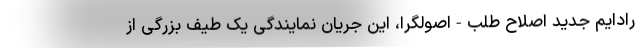
رادایم جدید اصلاح طلب-اصولگرا، این جریان نمایندگی یک طیف بزرگی از